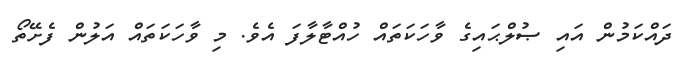
ދައްކަމުން އައި ޞުލްޙައިގެ ވާހަކަތައް ހުއްޓާލާފަ އެވެ. މި ވާހަކަތައް އަލުން ފެށޭތޯ